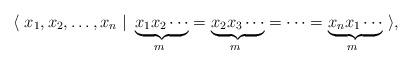
LaTeX: \begin{align*}\langle \ x_1, x_2, \dots, x_n \ \vert\ \underbrace{x_1 x_2 \cdots}_{m~} = \underbrace{x_2 x_3\cdots}_{m~} = \dots = \underbrace{x_n x_1 \cdots}_{m~}\ \rangle,\end{align*}